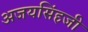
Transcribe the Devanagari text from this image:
अजयसिंहजी